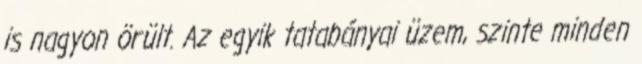
is nagyon örült. Az egyik tatabányai üzem, szinte minden